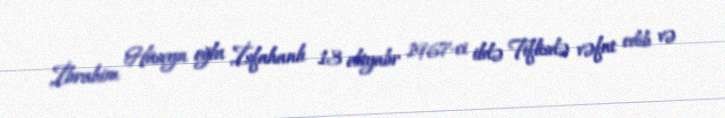
İbrahim Hüseyn oğlu İsfahanlı 13 oktyabr 1967-ci ildə Tiflisdə vəfat edib və